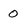
Character: 0